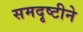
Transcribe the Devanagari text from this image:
समदृष्टीने